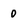
Character: 0